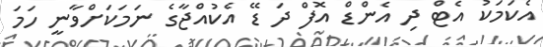
އެކަމަކު އެޓް ދި އެންޑް އޮފް ދަ ޑޭ އެކުއްޖާގެ ނަމަކަށްވާނީ ހަމަ